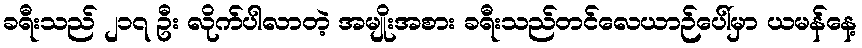
ခရီးသည် ၂၁၇ ဦး လိုက်ပါလာတဲ့ အမျိုးအစား ခရီးသည်တင်လေယာဉ်ပေါ်မှာ ယမန်နေ့